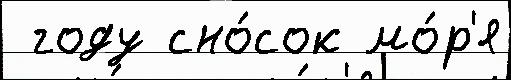
 году сно́сок мо́р'я